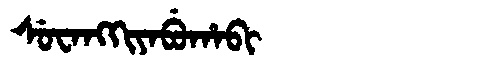
Manchu: ᠰᡠᠸᠠᠩᡴᡳᠶᠠᠪᡠᡥᠠᠪᡳ
Romanization: SUWANGKIYABUHABI